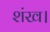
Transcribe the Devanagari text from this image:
शंख।